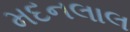
મદનલાલ